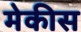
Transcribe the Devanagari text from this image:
मेकीस